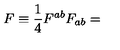
F \equiv \frac { 1 } { 4 } F ^ { a b } F _ { a b } =